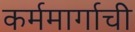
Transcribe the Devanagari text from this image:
कर्ममार्गाची